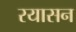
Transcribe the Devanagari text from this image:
रयासन